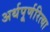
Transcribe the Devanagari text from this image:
अर्थपूर्णरित्या